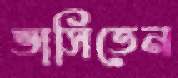
ভাসিতেন